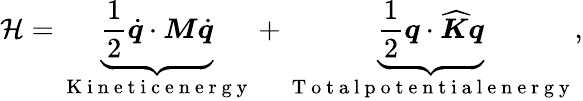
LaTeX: \mathcal{H}=\underbrace{\frac{1}{2}\dot{\boldsymbol{q}}\cdot\boldsymbol{M}\dot{\boldsymbol{q}}}_{\mathrm{~K~i~n~e~t~i~c~e~n~e~r~g~y~}}+\underbrace{\frac{1}{2}\boldsymbol{q}\cdot\widehat{\boldsymbol{K}}\boldsymbol{q}}_{\mathrm{~T~o~t~a~l~p~o~t~e~n~t~i~a~l~e~n~e~r~g~y~}},